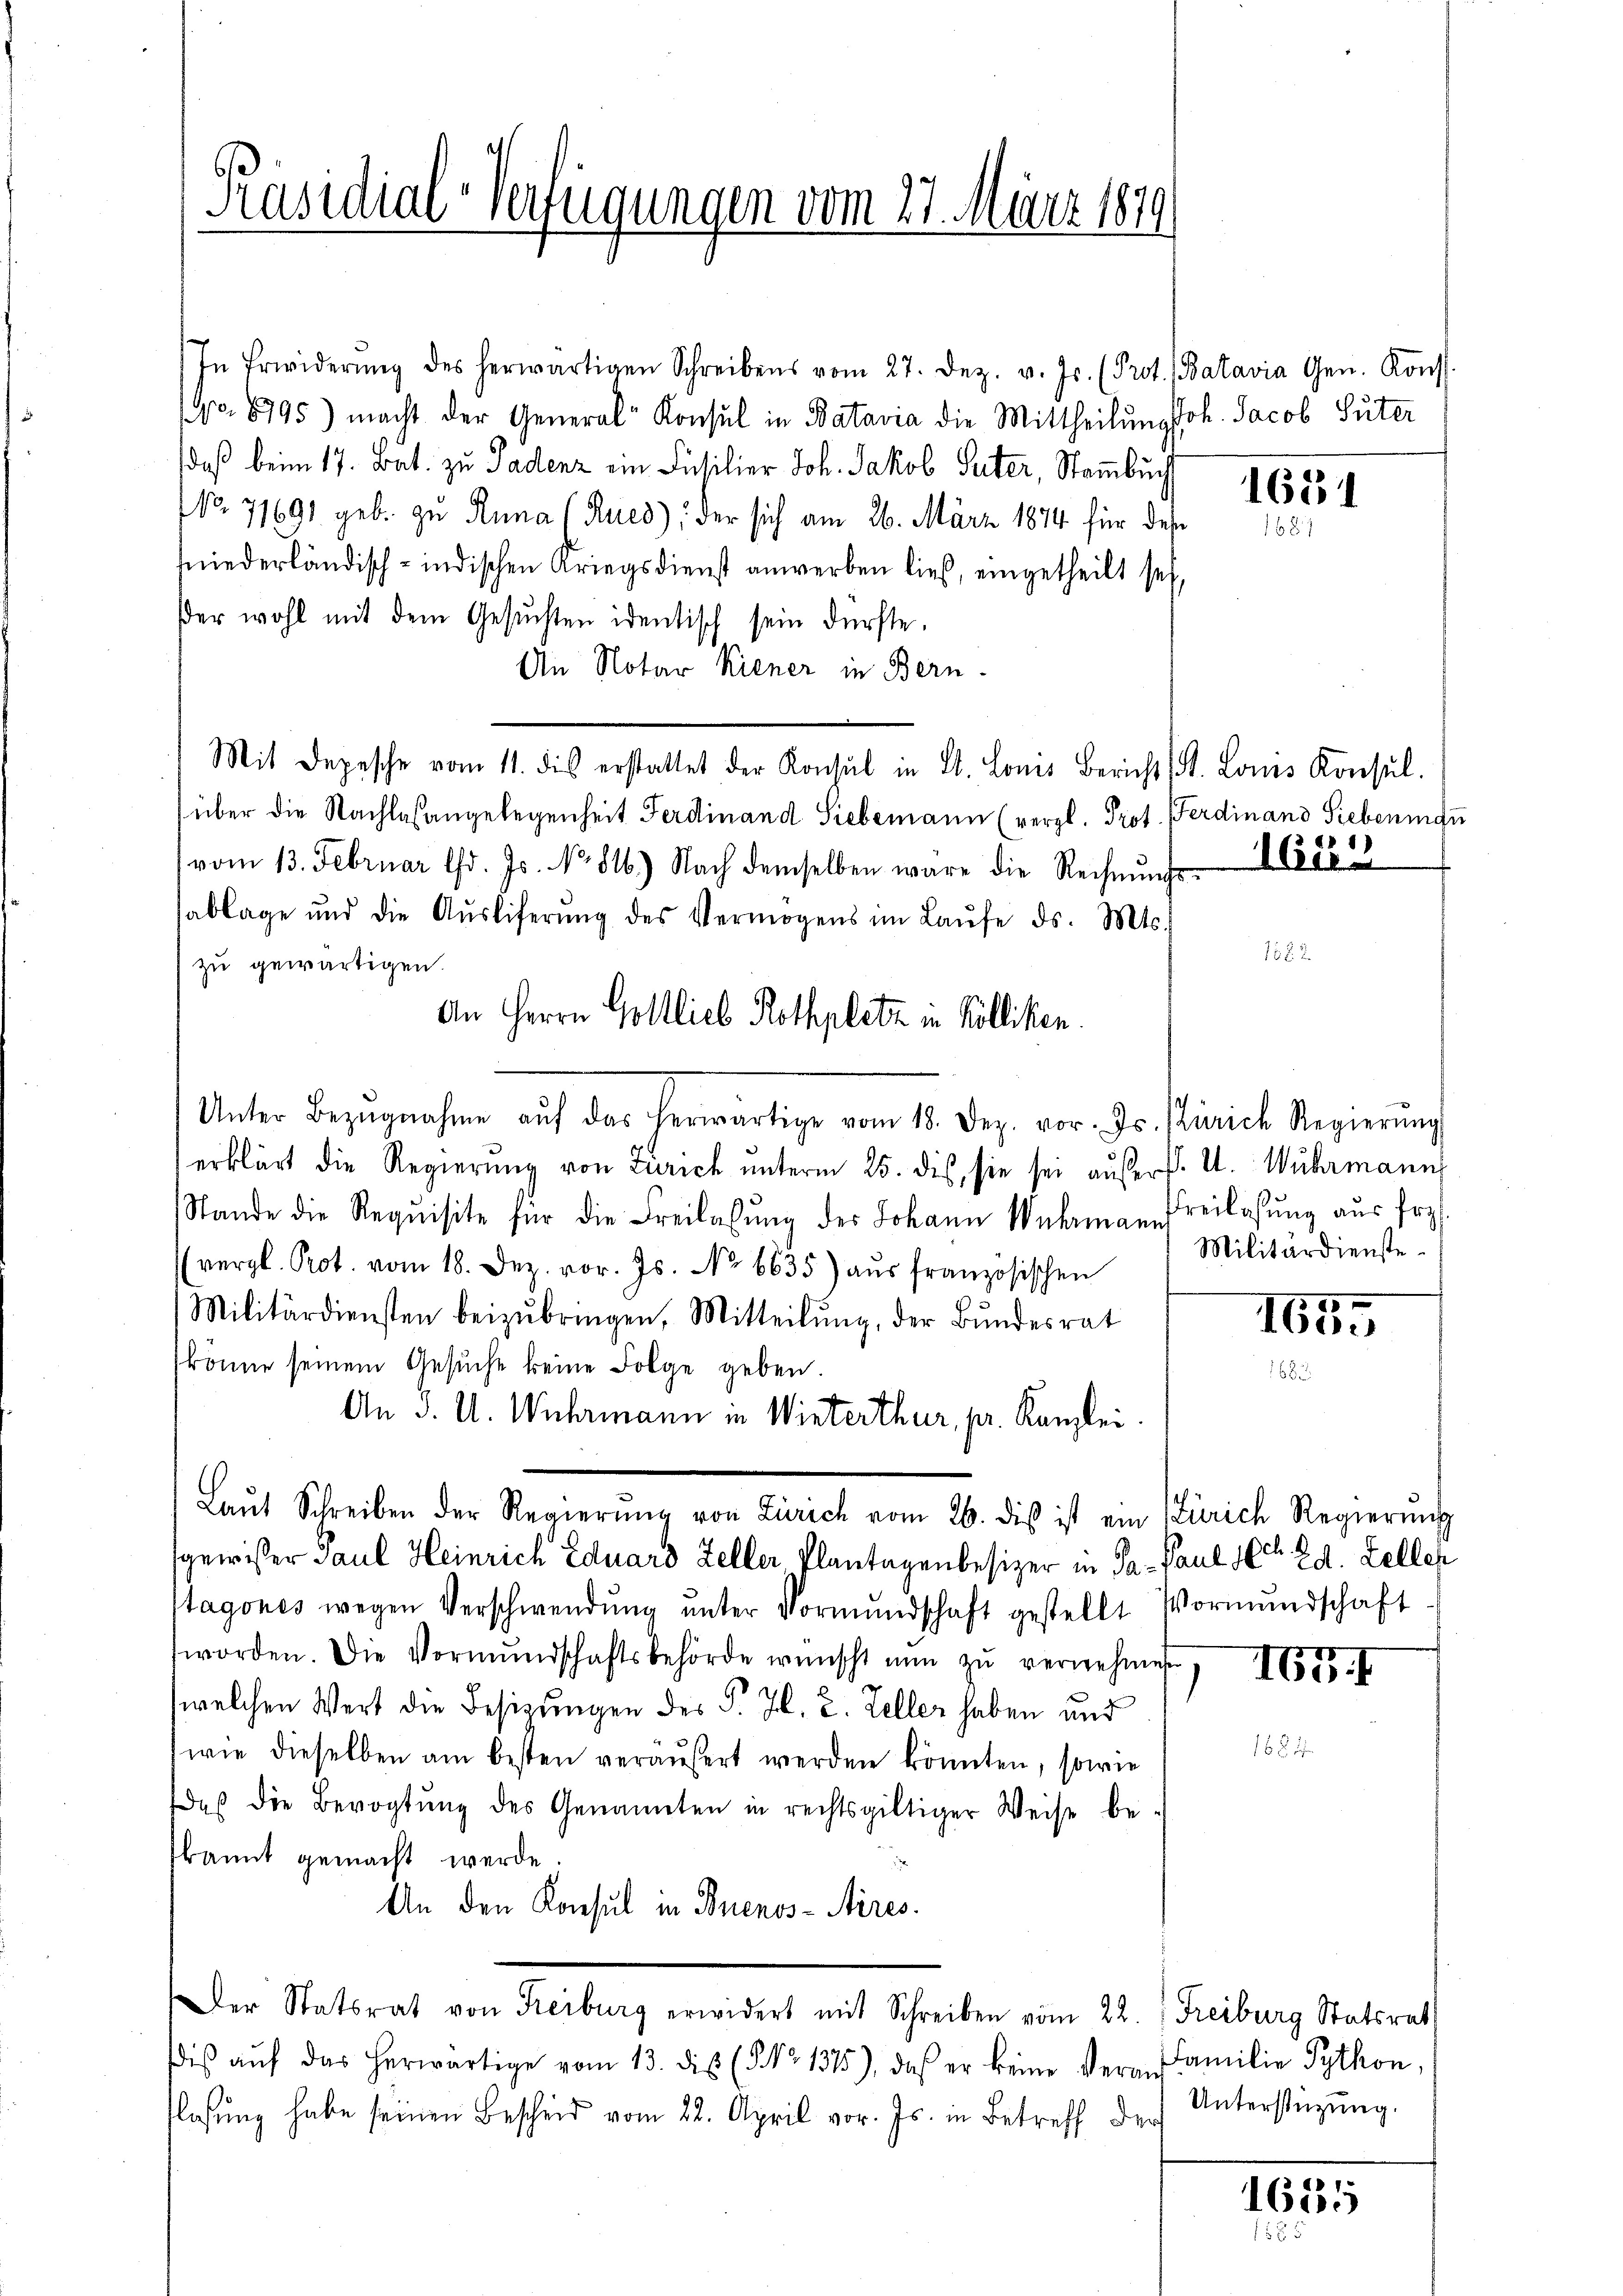
In Erwiderŭng des herwärtigen Schreibens vom 27. Dez. v. Js. (Prot. (Batavia Gen. Konst
No 8795) macht der General-Konsul in Batavia die Mittheilŭng Joh. Jacob Suter
daß beim 17. Bat. zu Padenz ein Füsilier Joh. Jakob Suter, Stammbuch
NNo. 71691 geb. zu Runa (Rues), der sich am 26. März 1874 für des
niederländisch-indischen Ariegsdienst anwerben ließ, eingetheilt seh,
er wohl mit dem Gesŭchten identisch sein dürfte.
An Notar Kiener in Bern.
Mit Depesche vom 11. dis erstattet der Konsul in St. Lons Bericht, S. Louis Konsŭl.
über die Nachlaßangelegenheit Ferdinand Siebemann (vergl. Prot. Ferdinand Siebenindu
vom 13. Februar lfd. Js. No. 816.) Nach demselben wäre die Rechnŭngs-
ablage und die Aŭsliferŭng des Vermögens im Laŭfe ds. Mts.
zu gewärtigen.
Unter Bezugnahme aŭf das herwärtige vom 18. Dez. vor. Js. Pürich Regierŭng
erklärt die Regierung von Zürich unterm 25. dis, sie sei aufers. U. Wuhrmann
Stande die Requisite für die Freilassung des Johann Wuhrmann, Freilasung aus fre
vergl. Prot. vom 18. Dez. vor. Js. No 6635) aus französischen
Militärdiensten beizŭbringen, Mitteilŭng, der Bŭndesrat
könne seinem Gesŭche keine Folge geben.
An J. U. Wuhrmann in Winterthur, pr. Kanzlei
Laŭt Schreiben der Regierŭng von Zürich vom 26. dis ist ein Zürich Regierŭng
sgewisser Paul Heinrich Eduard Zeller Plantagenbesizer in Pa- Paul 10. 29. Zeller
Stagones wegen Verschwendŭng ŭnter Vormŭndschaft gestellt. Vormŭndschaft
worden. Die Vormŭndschaftsbehörde wünscht nun zŭ vernehmen
(welchen Wert die Besizungen des P. Zl. 2. Zeller haben und
wie dieselben am besten veräußert werden könnten, sowie
daβ die Bevogtŭng des Genannten in rechtsgültiger Weise be-
kannt gemacht werde
An den Konsul in Buenos-Aires.
Der Statsrat von Freiburg erwidert mit Schreiben vom 22. Freiburg Statsrat
Dis aŭf das herwärtige vom 13. die (NNo. 1315), daß er keine Veran Familie Python.
flasung habe seinen Bescheid vom 22. April vor. Js. in Betreff der

Präsidial-Verfügungen vom 27. März 1879

An Herrn Gottlieb Rothplatz in Kölliken.

1631
1687

16123

Militärdienste.

1655

Gr. I

Unterstützung.

1635
155.